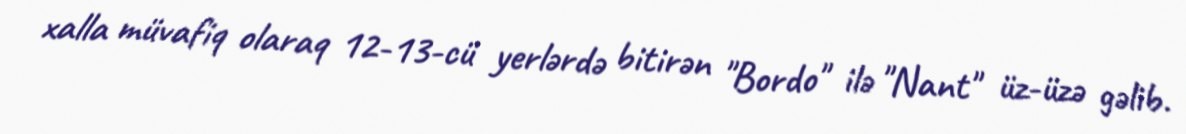
xalla müvafiq olaraq 12-13-cü yerlərdə bitirən "Bordo" ilə "Nant" üz-üzə gəlib.